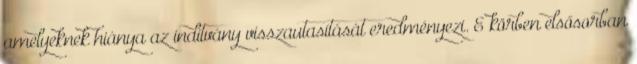
amelyeknek hiánya az indítvány visszautasítását eredményezi. E körben elsősorban